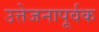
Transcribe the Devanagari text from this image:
उत्तेजनापूर्वक